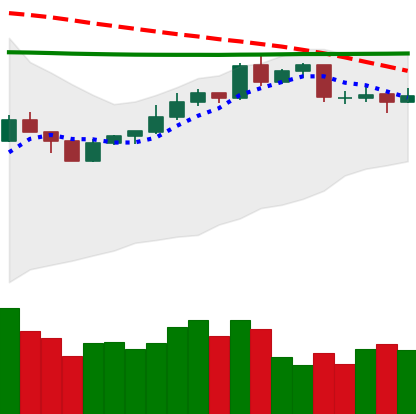
Ticker: XMR-USD
Chart end date: 2020-04-14
Forward return: 6.714%
Label: up_5_7